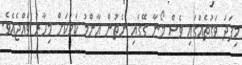
މިފަދަ ވަގުތެއްގައި ވެސް މޯނާ ގޭގައި ނެތުން ޢާންމު ކަމަކަށް މިހާރު ވެއްޖެއެވެ.